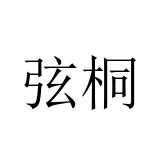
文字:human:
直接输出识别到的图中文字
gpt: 弦桐